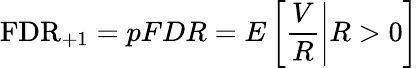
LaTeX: \mathrm{FDR}_{+1}=pFDR=E\left[\left.{\frac{V}{R}}\right|R>0\right]